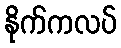
နိုက်ကလပ်